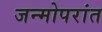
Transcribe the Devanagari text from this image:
जन्मोपरांत